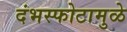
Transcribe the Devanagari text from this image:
दंभस्फोटामुळे